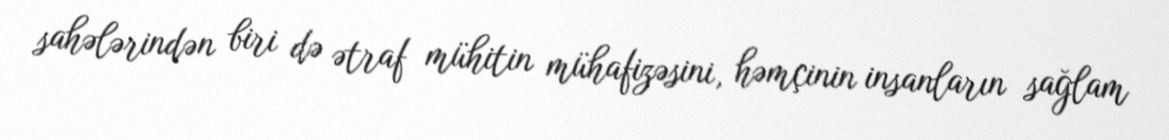
sahələrindən biri də ətraf mühitin mühafizəsini, həmçinin insanların sağlam